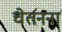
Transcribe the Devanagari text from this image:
चेतनना